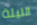
الليلة